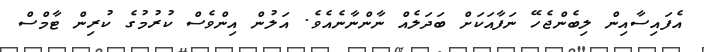
އެފައިސާއިން ލިބެންޖެހޭ ނަފާއަކަށް ބަދަލެއް ނާންނާނެެއެވެ. އަލުން އިންވެސް ކުރުމުގެ ކުރިން ޓާމްސް